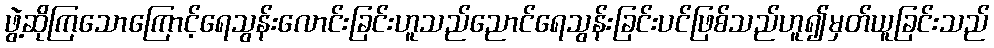
ဖွဲ့ဆိုကြသောကြောင့်ရေသွန်းလောင်းခြင်းဟူသည်ညောင်ရေသွန်းခြင်းပင်ဖြစ်သည်ဟူ၍မှတ်ယူခြင်းသည်